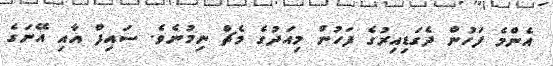
އެންމެ ފަހުން ދެގަޑިއިރުގެ ފަހުން މިއަދުގެ މެޗް ނިމުނެވެ. ސައިފް އާއި އޭނަގެ